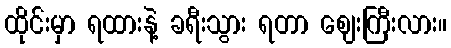
ထိုင်းမှာ ရထားနဲ့ ခရီးသွား ရတာ ဈေးကြီးလား။